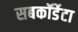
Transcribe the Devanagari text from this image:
सबकॉर्डेटा